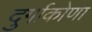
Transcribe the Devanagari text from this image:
दुर्गाकोणा